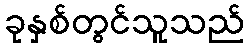
ခုနှစ်တွင်သူသည်